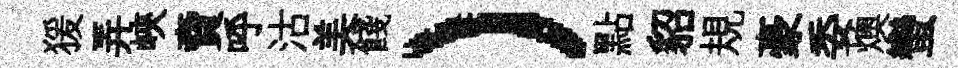
猨弄峽𧶠呼沽美餞）點貂規豪委燠蠻